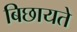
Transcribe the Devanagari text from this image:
बिछायते